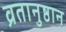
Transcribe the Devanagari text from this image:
व्रतानुष्ठान